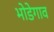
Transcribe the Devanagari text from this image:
भोडेगाव